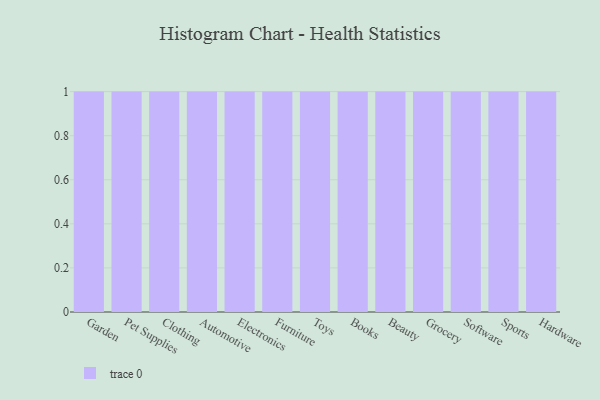
{"axis": {"x": "Category", "y": "Production Output"}, "legend": [""], "data": [{"x": "Garden", "y": 16, "type": ""}, {"x": "Pet Supplies", "y": 61, "type": ""}, {"x": "Clothing", "y": 74, "type": ""}, {"x": "Automotive", "y": 1, "type": ""}, {"x": "Electronics", "y": 97, "type": ""}, {"x": "Furniture", "y": 65, "type": ""}, {"x": "Toys", "y": 75, "type": ""}, {"x": "Books", "y": 25, "type": ""}, {"x": "Beauty", "y": 98, "type": ""}, {"x": "Grocery", "y": 60, "type": ""}, {"x": "Software", "y": 61, "type": ""}, {"x": "Sports", "y": 50, "type": ""}, {"x": "Hardware", "y": 85, "type": ""}]}